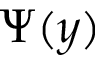
\Psi ( y )